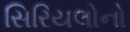
સિરિયલોનો